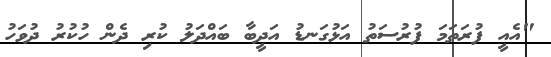
"އެއީ ފުރަތަމަ ފުރުސަތު އަޅުގަނޑު އަދީބާ ބައްދަލު ކުރި ދެން ހުކުރު ދުވަހު